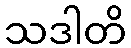
သဒါတိ